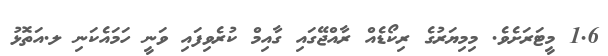
1.6 މީޓަރަށެވެ. މިމިޔަރުގެ ރިކޯޑެއް ރާއްޖޭގައި ގާއިމް ކުރެވިފައި ވަނީ ހަމައެކަނި ލ.އަތޮޅު